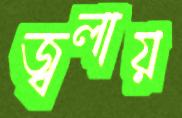
জ্বলায়